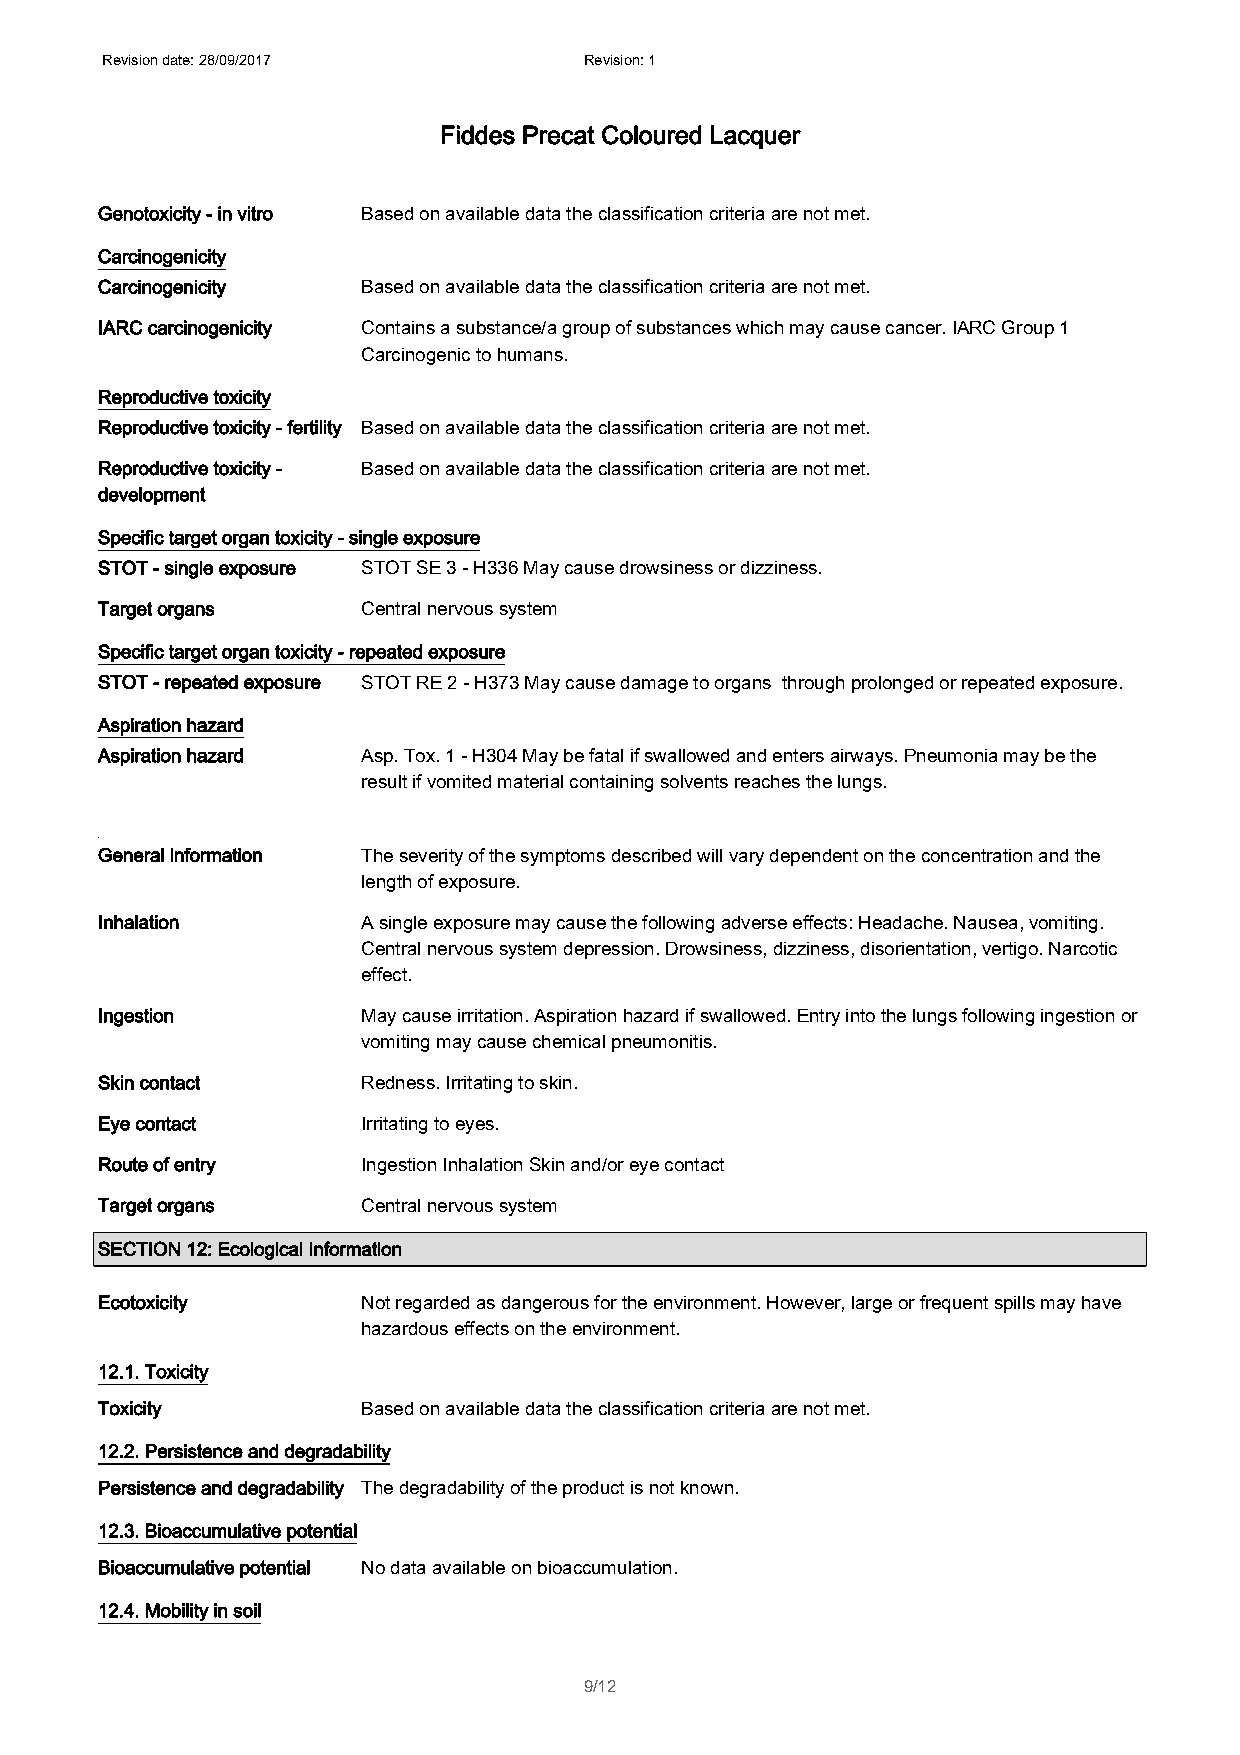
Revision date: 28/09/2017       Revision: 1
 Fiddes Precat Coloured Lacquer
 Genotoxicity - in vitro Based on available data the classification criteria are not met.
 Carcinogenicity
 Carcinogenicity   Based on available data the classification criteria are not met.
 IARC carcinogenicity Contains a substance/a group of substances which may cause cancer. IARC Group 1
 Carcinogenic to humans.
 Reproductive toxicity
 Reproductive toxicity - fertility Based on available data the classification criteria are not met.
 Reproductive toxicity - Based on available data the classification criteria are not met.
 development
 Specific target organ toxicity - single exposure
 STOT - single exposure STOT SE 3 - H336 May cause drowsiness or dizziness.
 Target organs     Central nervous system
 Specific target organ toxicity - repeated exposure
 STOT - repeated exposure STOT RE 2 - H373 May cause damage to organs through prolonged or repeated exposure.
 Aspiration hazard
 Aspiration hazard Asp. Tox. 1 - H304 May be fatal if swallowed and enters airways. Pneumonia may be the
 result if vomited material containing solvents reaches the lungs.
 General information The severity of the symptoms described will vary dependent on the concentration and the
 length of exposure.
 Inhalation        A single exposure may cause the following adverse effects: Headache. Nausea, vomiting.
 Central nervous system depression. Drowsiness, dizziness, disorientation, vertigo. Narcotic
 effect.
 Ingestion         May cause irritation. Aspiration hazard if swallowed. Entry into the lungs following ingestion or
 vomiting may cause chemical pneumonitis.
 Skin contact      Redness. Irritating to skin.
 Eye contact       Irritating to eyes.
 Route of entry    Ingestion Inhalation Skin and/or eye contact
 Target organs     Central nervous system
 SECTION 12: Ecological Information
 Ecotoxicity       Not regarded as dangerous for the environment. However, large or frequent spills may have
 hazardous effects on the environment.
 12.1. Toxicity
 Toxicity          Based on available data the classification criteria are not met.
 12.2. Persistence and degradability
 Persistence and degradability The degradability of the product is not known.
 12.3. Bioaccumulative potential
 Bioaccumulative potential No data available on bioaccumulation.
 12.4. Mobility in soil
 9/12